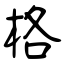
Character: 格